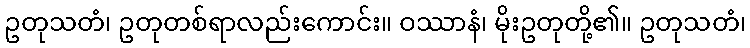
ဥတုသတံ၊ ဥတုတစ်ရာလည်းကောင်း။ ဝဿာနံ၊ မိုးဥတုတို့၏။ ဥတုသတံ၊